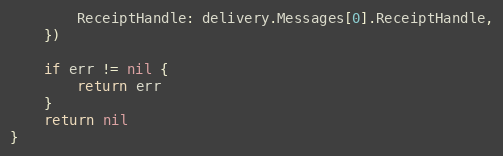
Language: Go
		ReceiptHandle: delivery.Messages[0].ReceiptHandle,
	})

	if err != nil {
		return err
	}
	return nil
}